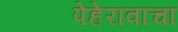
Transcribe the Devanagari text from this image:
पेहेरावाचा